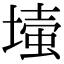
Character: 𡐉